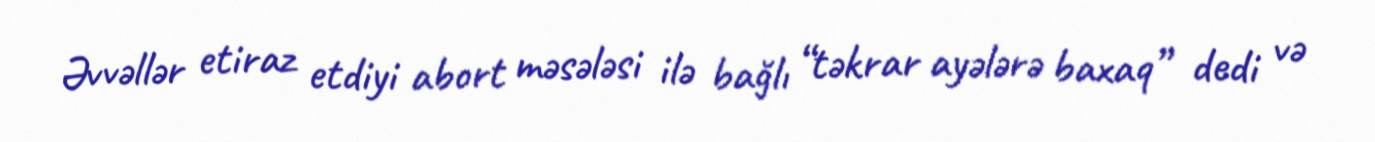
Əvvəllər etiraz etdiyi abort məsələsi ilə bağlı “təkrar ayələrə baxaq” dedi və